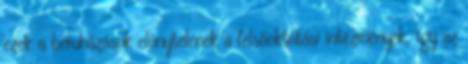
ezek a beruházások előnytelenek a felsőoktatási intézmények, így az